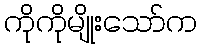
ကိုကိုမျိုးသော်က